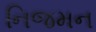
નિજમન